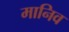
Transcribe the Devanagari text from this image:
मानिव